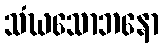
သံဃသောဘနော